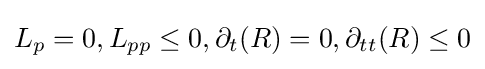
L_{p}=0,L_{pp}\leq 0,\partial _{t}(R)=0,\partial _{tt}(R)\leq 0